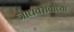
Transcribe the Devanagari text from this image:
जाधवरावांच्या